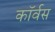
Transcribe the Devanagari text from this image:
कॉर्वस